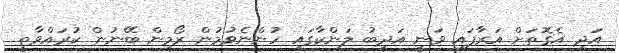
އަދި އެގޮތަށް އަރާފައި ވަނީ އަދީބު ލަންކާގައި ހުންނެވުމުން ރޯމިން ބޭނުން ކުރައްވާތީ